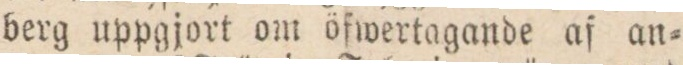
berg uppgjort om öfwertagande af an=